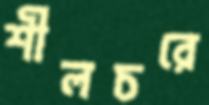
শীলচরে